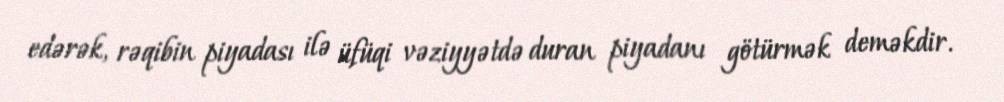
edərək, rəqibin piyadası ilə üfüqi vəziyyətdə duran piyadanı götürmək deməkdir.